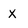
Character: X